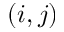
( i , j )